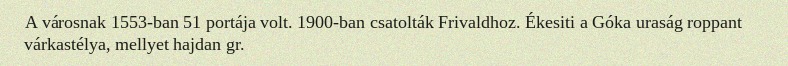
A városnak 1553-ban 51 portája volt. 1900-ban csatolták Frivaldhoz. Ékesiti a Góka uraság roppant várkastélya, mellyet hajdan gr.